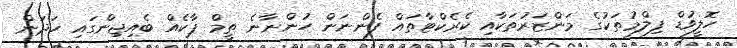
ހޮލީވުޑް ފިލްމުތަކުގެ މަންޒަރުތަކާއި ކެރެކްޓާތައް ފެންނަން ހުންނާނެ ތީމް ޕާކެއް ބެއިޖިންގައި ހަދަން